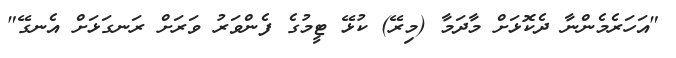
"އަހަރެމެންނާ ދެކޮޅަށް މާދަމާ (މިރޭ) ކުޅޭ ޓީމުގެ ފެންވަރު ވަރަށް ރަނގަޅަށް އެނގޭ"